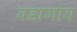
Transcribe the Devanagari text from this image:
बडागांव